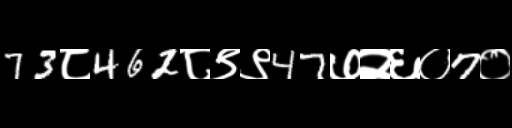
Text: 73८462८९९47७२६०7०